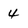
Character: 4